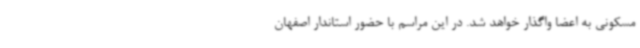
مسکونی به اعضا واگذار خواهد شد. در این مراسم با حضور استاندار اصفهان